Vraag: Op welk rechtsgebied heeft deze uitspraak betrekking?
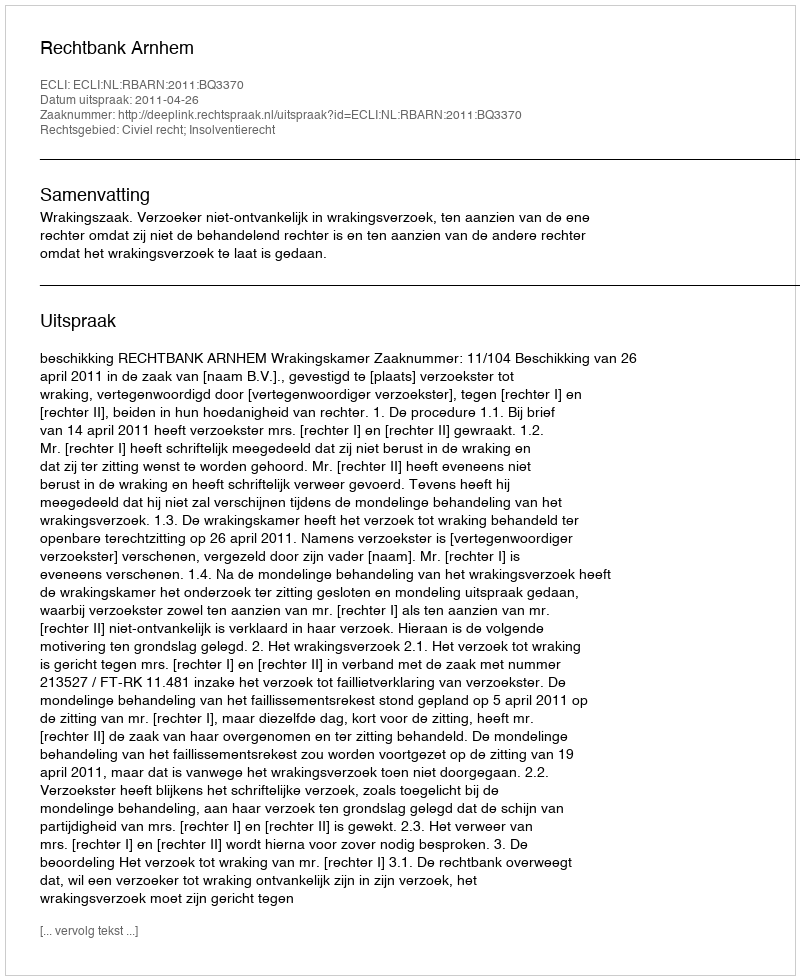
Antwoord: Civiel recht; Insolventierecht